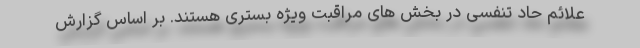
علائم حاد تنفسی در بخش های مراقبت ویژه بستری هستند. بر اساس گزارش